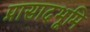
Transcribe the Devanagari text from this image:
प्रासादभूमि